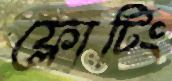
ফ্লোটিং